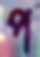
প